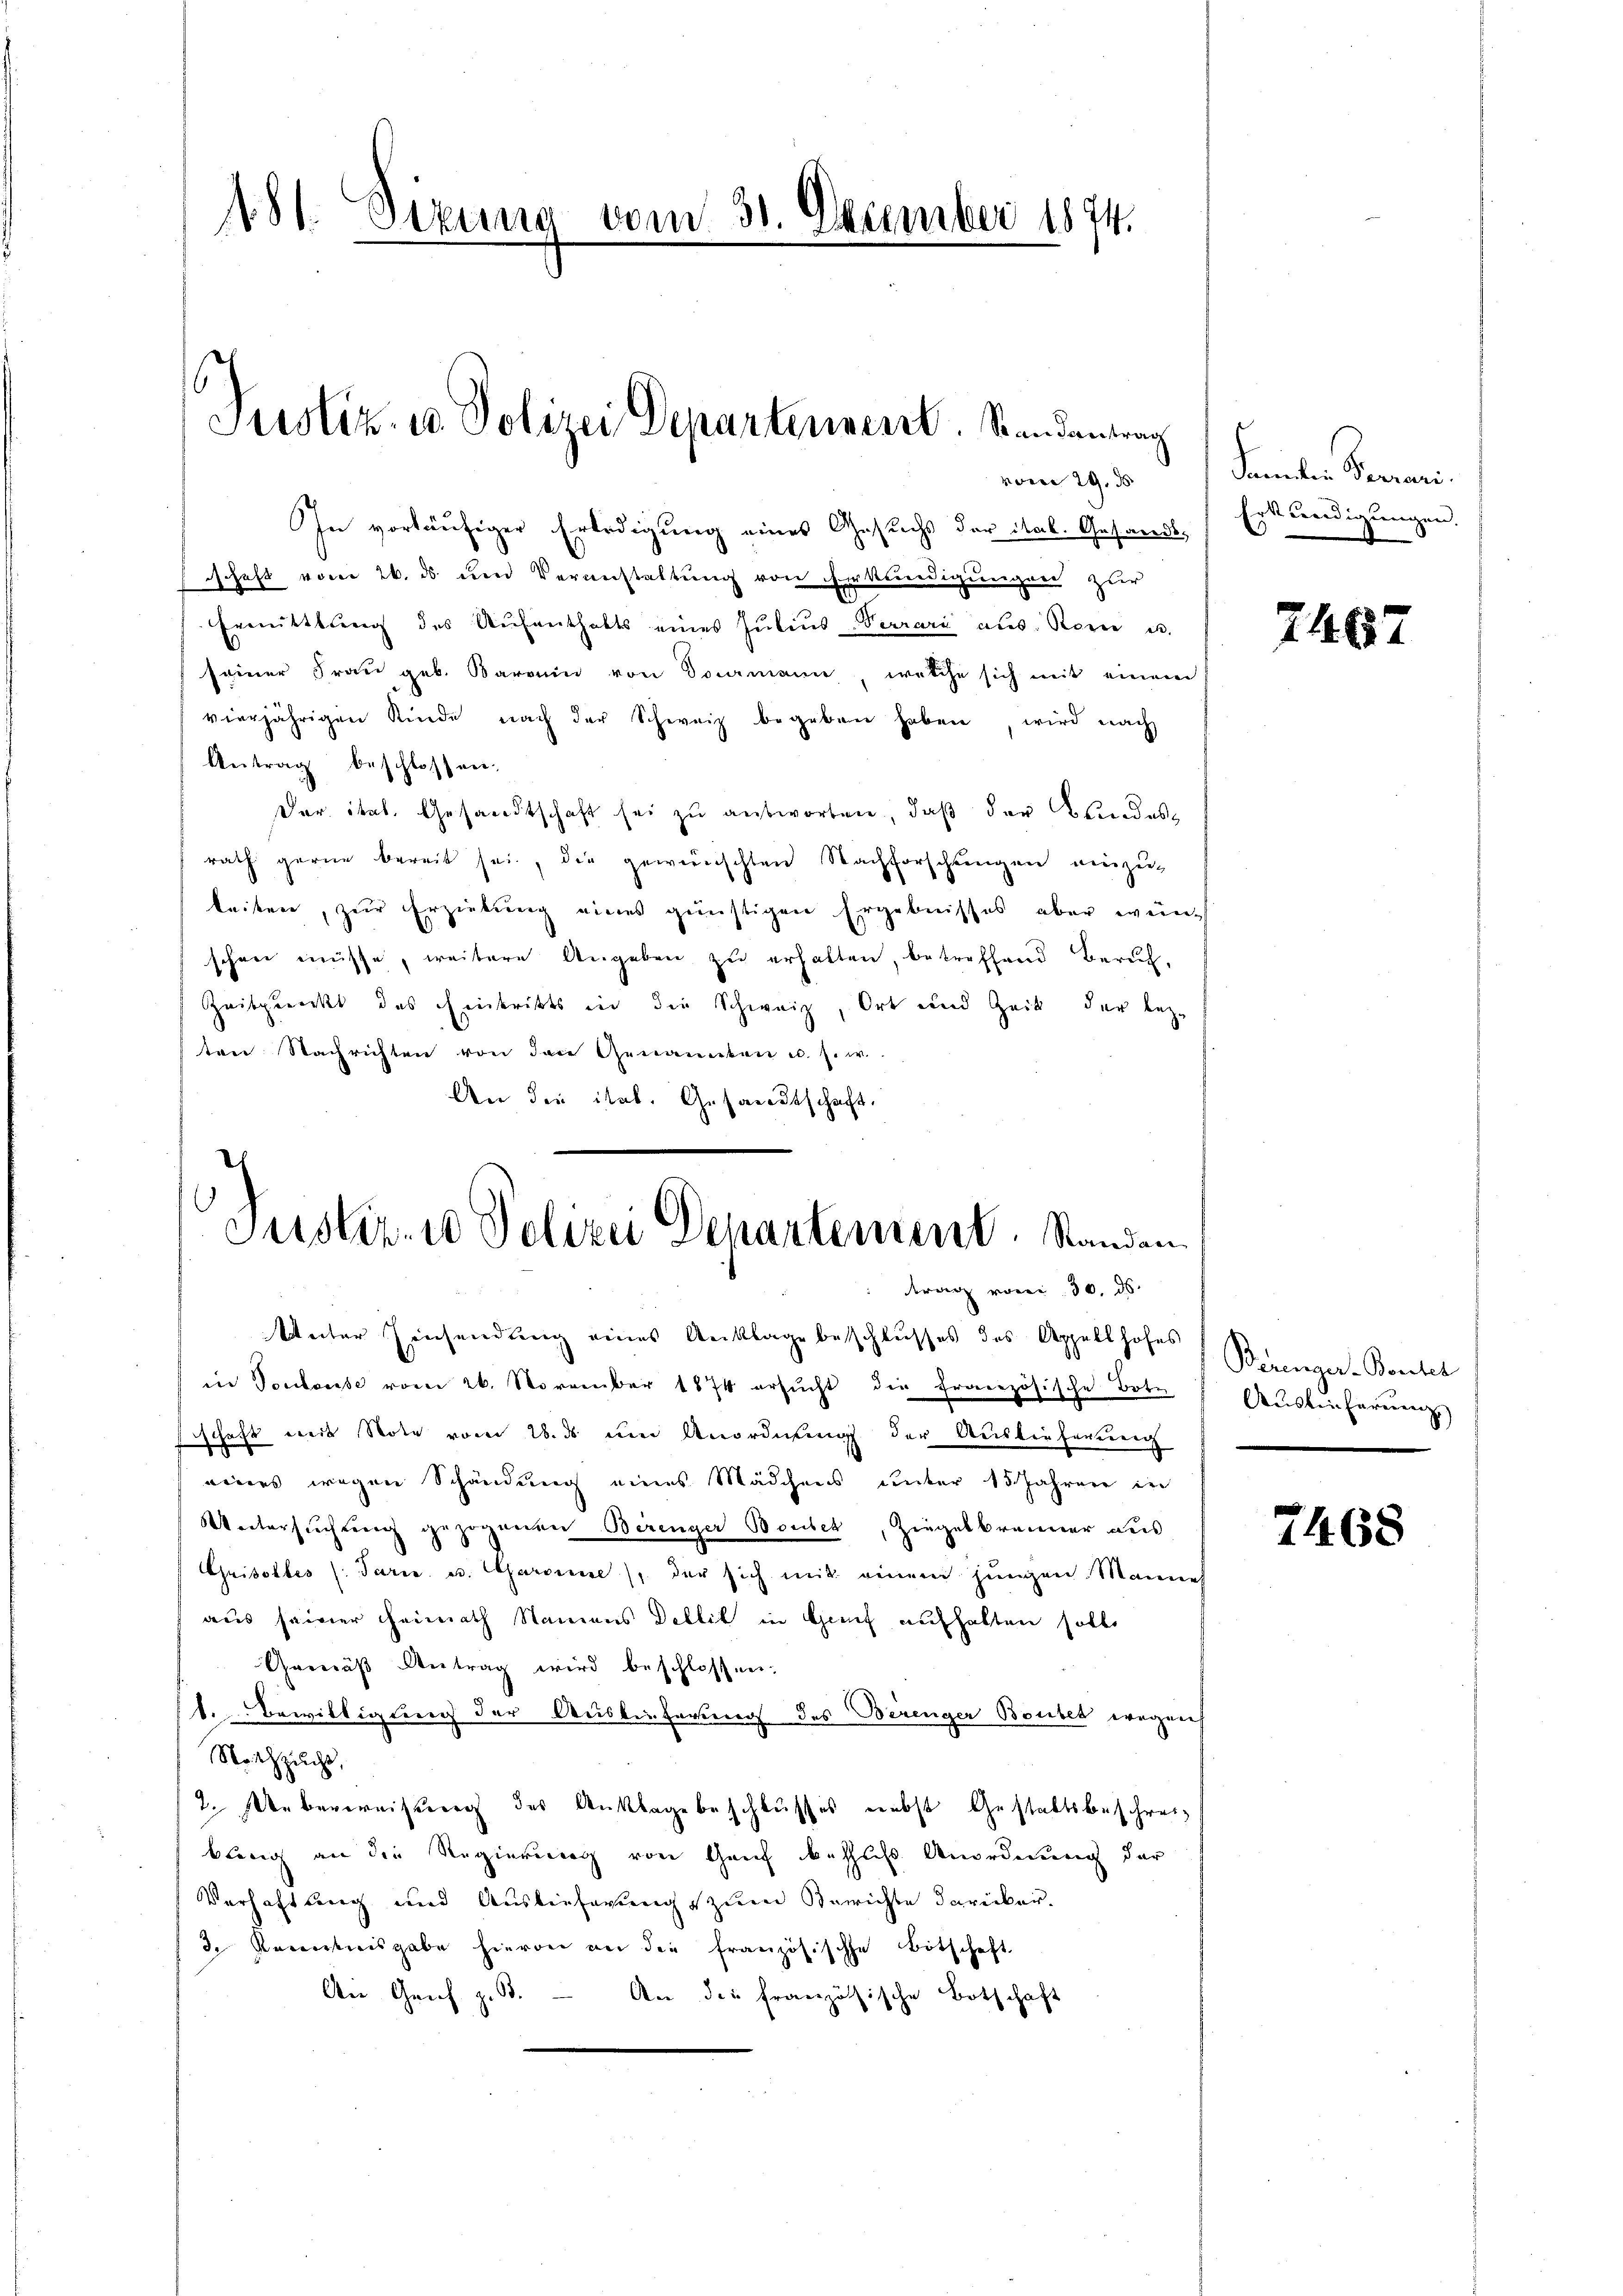
181. Sizung vom 31. Dezember 1874.

Justiz- u. Polizei Departennent. Randantrag

vom 29. d
In vorläufiger Erledigung eines Gesuchs der Sal. Gesandtschaft vom 26. ds und Veranstaltung von Erkundigungen zur
Ermittlung des Aŭfenthalts eines Jŭliŭs-Verrari aus. Korre u.
seiner Frau geb. Baron von Domann, welche sich mit einem
vierjährigen Kinde nach der Schweiz begeben haben, wird nach
Antrag beschlossen.
Der ital. Gesandtschaft sei zu antworten, daß der Bundes
rath gerne bereit sei, die gewünschten Nachforschungen einzug
leiten, zur Erziehung eines günstigen Ergebnisses aber wen
schon müsse, weitere Angeben zu erhalten, betreffend Beruf-
Zeitpunkt des Eintritts in die Schweiz, Ort und Zeit der beze
ten Nachrichten von den Genannten u. s. w.
An den ital. Gesandtschaft.
Puster. 10 Polizei Departement. Standen

rag von 30. ds.
Weiter Zeichendung eines Anklage beschlusses des Appellhofes
in Ponteuse vom 26. November 1874 ersŭcht die französische Bote
sschaft mit Note vom 28. ds um Anordnung der Auslieferung
eines wegen Schändung eines Mädchens unter 15 Jahren in
Weitersuchung gezogenen Berenger Bauber, Ziegelbrenner aus
Grisolles (: Paris es. Garanne), der sich mit einem jungen Manne
aus seiner Heimath Namens Dellit in Genf aufhalten solle
Gremäß Antrag wird beschlossen:
1. Bewilligung der Auslieferung des Berenger Boubel wegens
Nothzucht,
2. Ueberweisung des Anklagebeschlusses nebst Gestaltsbeschreikling an die Regierung von Genf behufs Anordnung der
Verhaftung und Auslieferung zum Berichte daricker.
d. Reiskreisgabe hievon an die französische Botschaft
An Genf z. B. An die französische Botschaft

Sanden Ferran
Erkundigungen.

7467

Biringer-Bonhel
Auslieferenz

7468